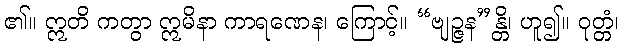
၏။ ဣတိ ကတွာ ဣမိနာ ကာရဏေန၊ ကြောင့်။ “ဗျဉ္ဇန”န္တိ၊ ဟူ၍။ ဝုတ္တံ၊